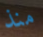
منذ